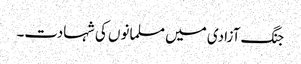
جنگ آزادی میں مسلمانوں کی شہادت۔